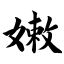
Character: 嫩